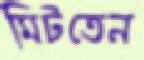
মিটতেন